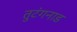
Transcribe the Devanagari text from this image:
तुटंगनाड